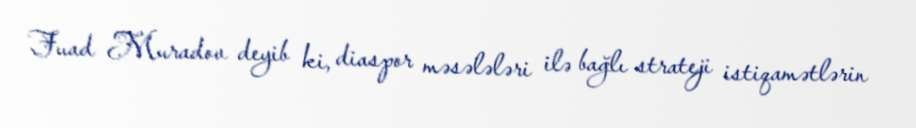
Fuad Muradov deyib ki, diaspor məsələləri ilə bağlı strateji istiqamətlərin